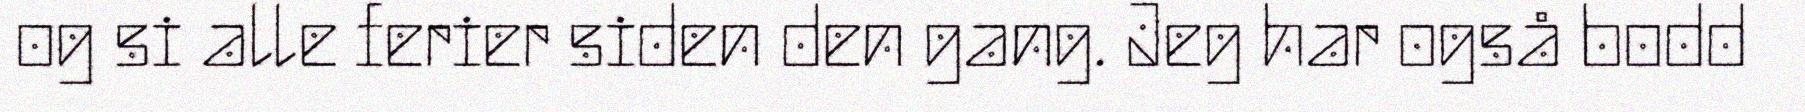
og si alle ferier siden den gang. Jeg har også bodd